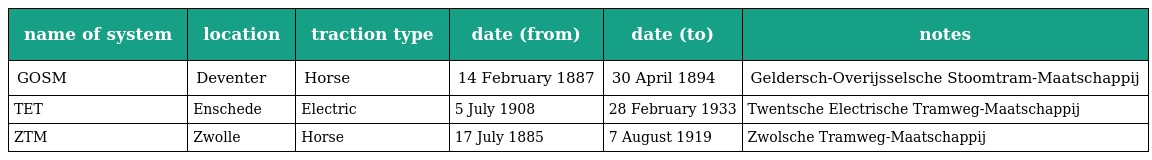
| name of system | location | traction type | date (from) | date (to) | notes |
 | --- | --- | --- | --- | --- | --- |
 | GOSM | Deventer | Horse | 14 February 1887 | 30 April 1894 | Geldersch-Overijsselsche Stoomtram-Maatschappij |
 | TET | Enschede | Electric | 5 July 1908 | 28 February 1933 | Twentsche Electrische Tramweg-Maatschappij |
 | ZTM | Zwolle | Horse | 17 July 1885 | 7 August 1919 | Zwolsche Tramweg-Maatschappij |